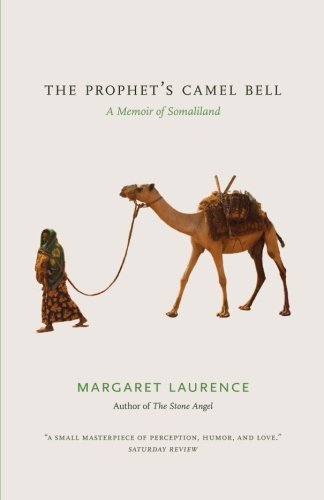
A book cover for The Prophet's Camel Bell: A Memoir of Somaliland; Margaret Laurence; Travel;